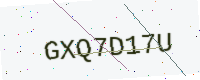
Text: GXQ7D17U